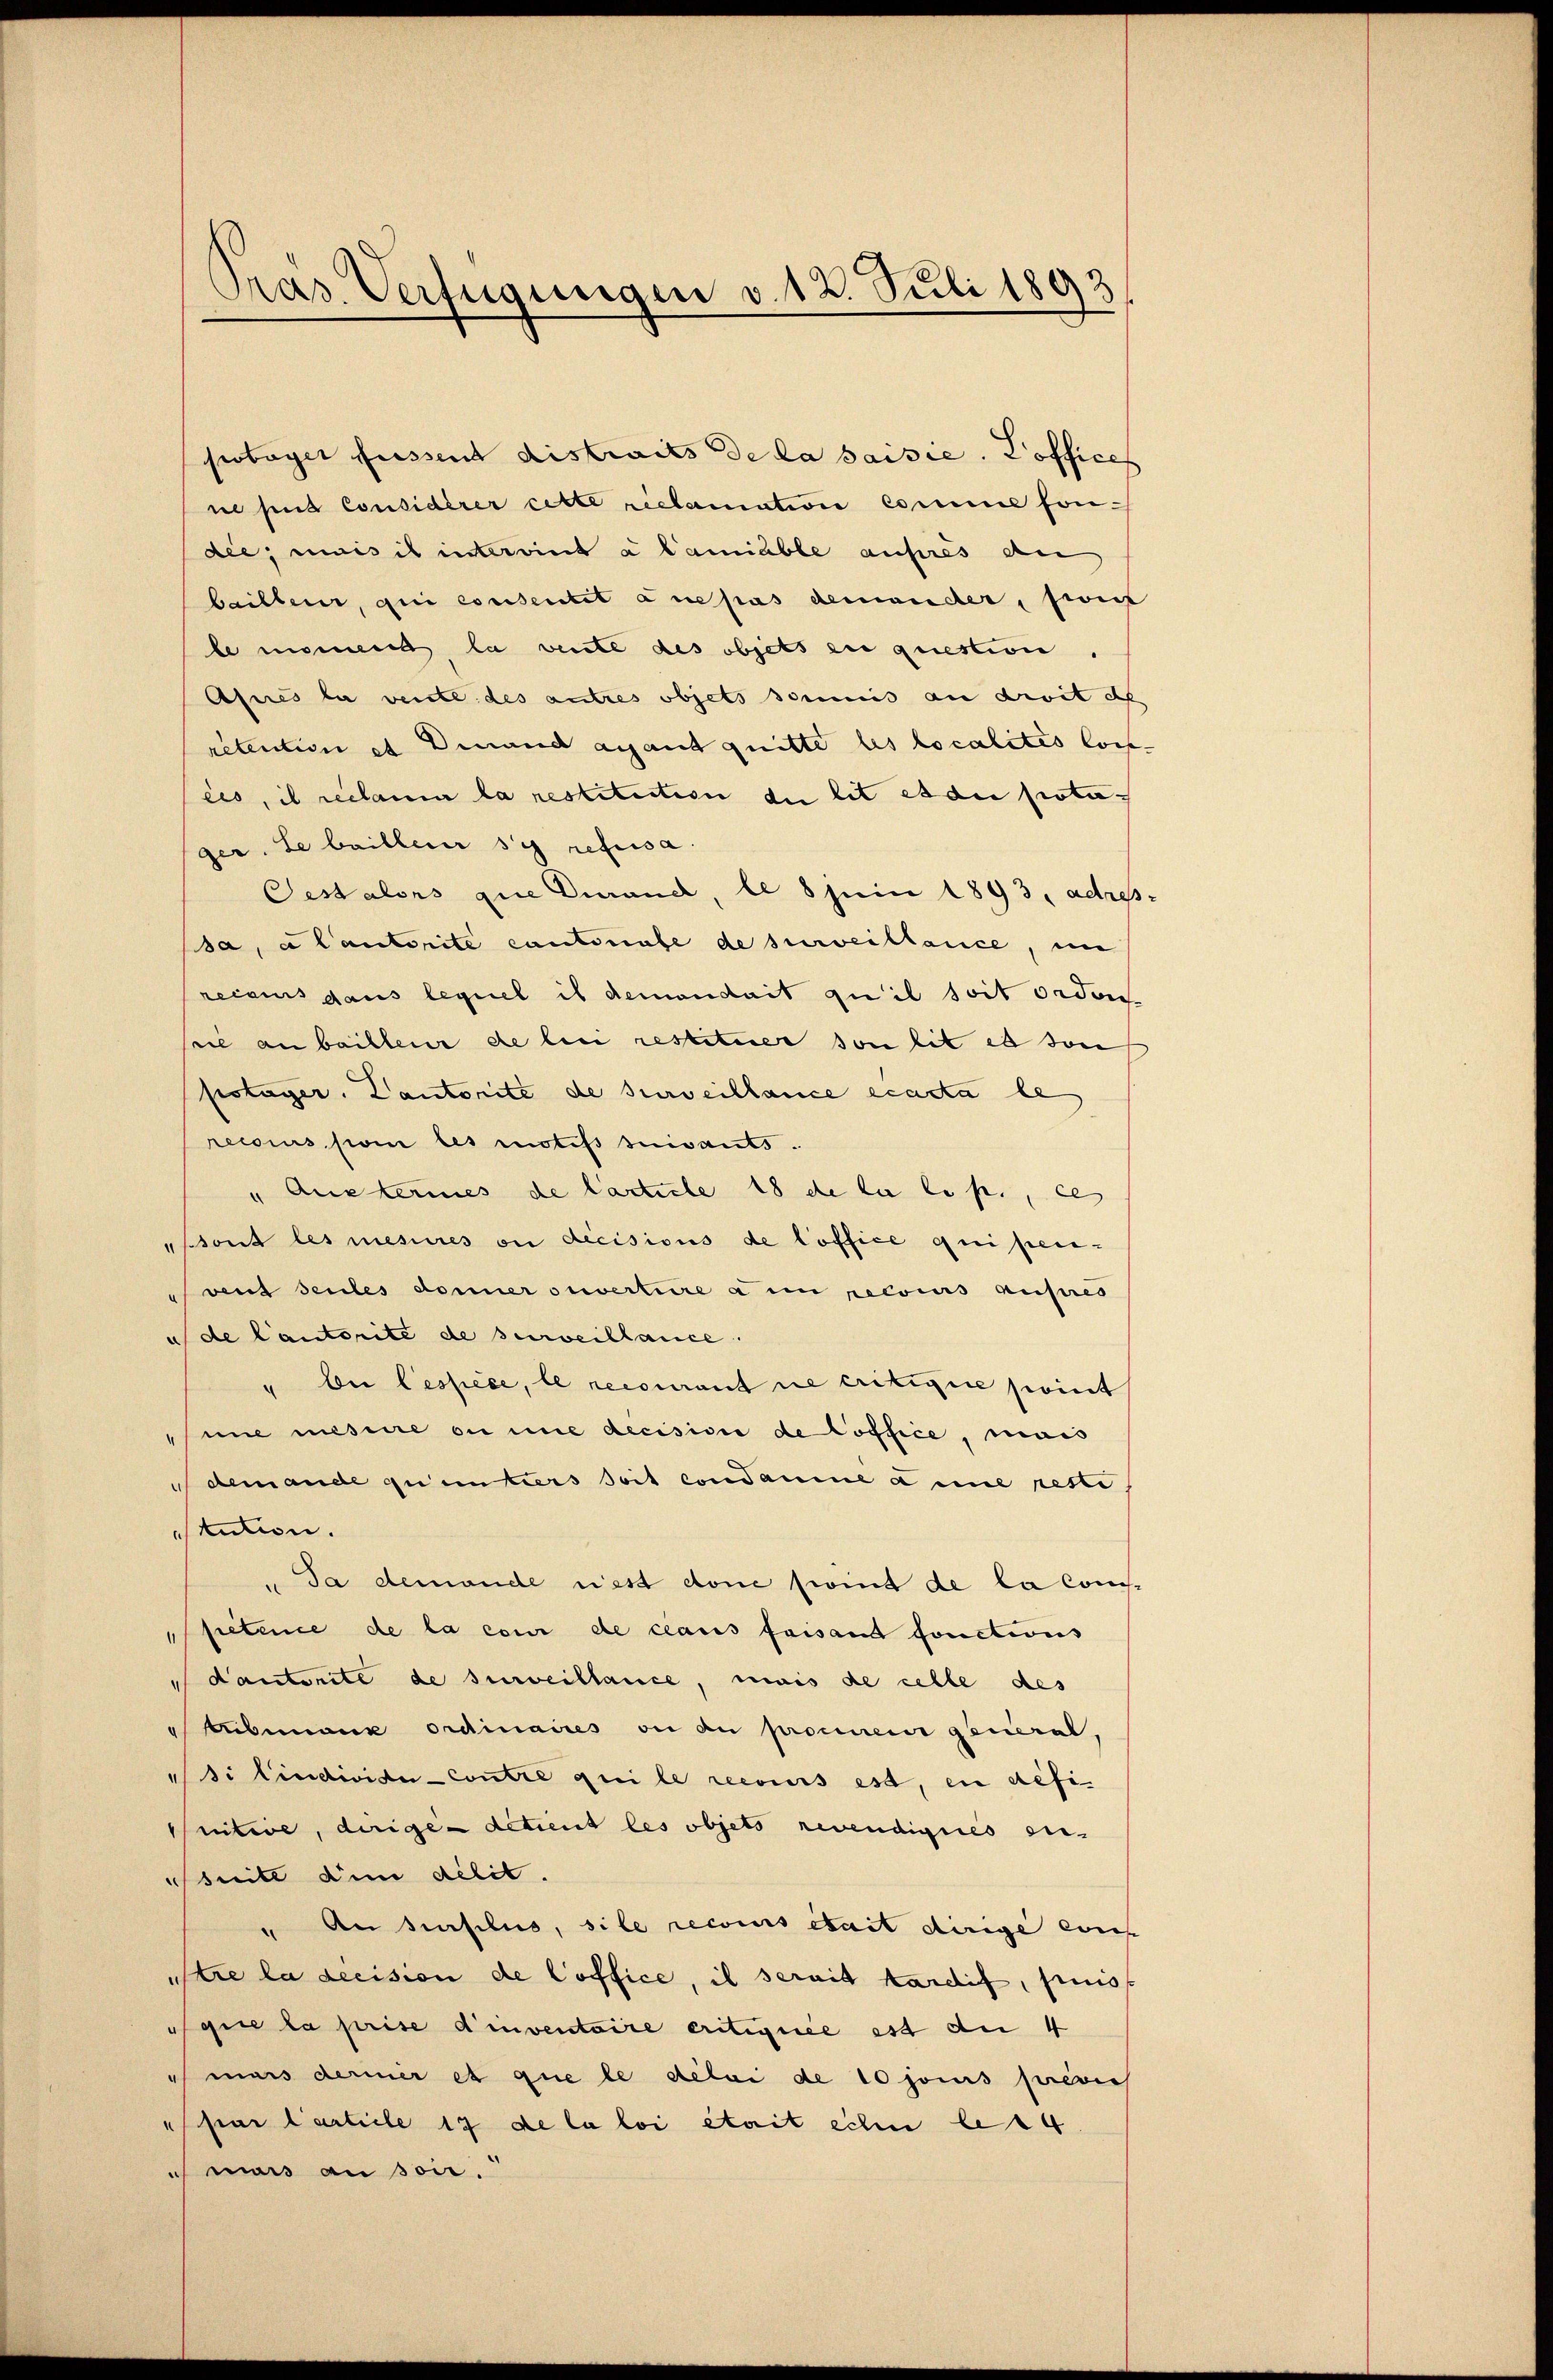
Pras. Verfügungen v. 12. Juli 1893

potaget fassent distraits de la saisie. Koffice
il sind Considérer cette riclamation comme fondie; mais il intereint a lamiable ausres de
heiltene, qui conseitet au pas demander, weit
be meine la vente des objets en question.
Afnes la vente des autres objets sommis an droit d
retention et Dinand agant quitte les localités lois-
ces, il reclami la restitution du lit es die potager. Le baillerer sy refusa
Oestalons que durand, le 8 sein 1893, adress-
sa, a Cautorité cantonale de surveillance, im
recams dans lequel is demandait qu’il soit orden
sie an baillene de le restituer son lit es son
potager. Cantorité de surveillance ecacta le
reccius par les motifs suivants.
"Austeries de Carticle 18 de la le p., e
ssont les mesures ou decisions de loffice qui penvent seules donner oevertiere a im recours austres
u de Cautorité de surveillance.
" bei lespèce, le recourant ne critigire point
mie mesure ou une decision de Coffice, mand
demande quinters soit condamme a une reste
Atution.
" Sa demande rest don seint de la Comfietence de la cour de claus faisand fonctions
dautorite de surveillance, mais de celle des
tribemanz ordinaires ou au procureur general-
Si lindivide Contre qui le recours est, in defi
Initive, dirige detient les objets revendignés en-
tritt den délit.
An surfilus, sile recours était dirige eis
.
itre la decision de Coffice, il serait tardif, puis
gire la prise d’inventaire eritiquée est an 4
 mais dermer et que le délai de 10 jouis previe
 par Carticle 17 de la loi était eilen let
murs an sei.